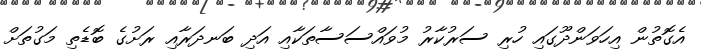
އެގޮތުން އިހަވަންދޫގައި ހުރި ސަރުކާރު މުވައްސަސާތަކާއި އަދި ބަނދަރާއި ރަށުގެ ބޮޑެތި މަގުތަށް